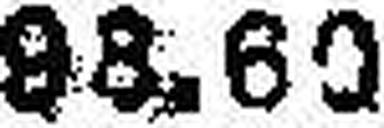
98.60